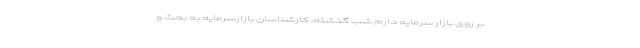
بر روی بازار سرمایه دارم شب گذشته، کارشناسان بازارسرمایه به بحث و